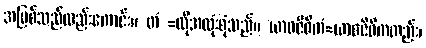
အမြစ်သည်လည်းကောင်း။ တံ =ထိုအလုံးစုံသည်။ ယာဝဇီဝိကံ=ယာဝဇီဝိကတည်း၊